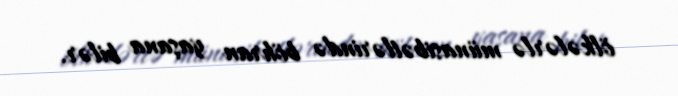
ölkələrlə münasibətlərində böhran yaşana bilər.